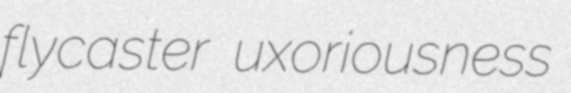
flycaster uxoriousness